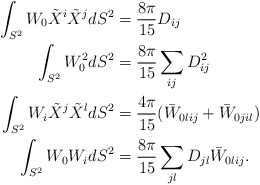
\begin{align*}\int_{S^2} W_0 \tilde X ^i \tilde X^j dS^2&= \frac{8 \pi}{15}D_{ij}\\\int_{S^2} W_0^2 dS^2&=\frac{8 \pi}{15} \sum_{ij} D_{ij}^2\\\int_{S^2} W_i \tilde X^j \tilde X^l dS^2 &=\frac{4 \pi}{15}(\bar W_{0lij}+\bar W_{0jil})\\\int_{S^2} W_0 W_i dS^2&= \frac{8 \pi}{15}\sum_{jl} D_{jl}\bar W_{0lij}.\end{align*}